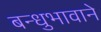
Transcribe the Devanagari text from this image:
बन्धुभावाने